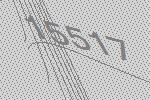
15517